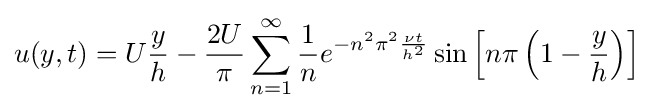
u(y,t)=U{\frac {y}{h}}-{\frac {2U}{\pi }}\sum _{n=1}^{\infty }{\frac {1}{n}}e^{-n^{2}\pi ^{2}{\frac {\nu t}{h^{2}}}}\sin \left[n\pi \left(1-{\frac {y}{h}}\right)\right]